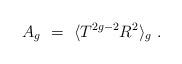
LaTeX: \begin{align*}A_{g}~=~\langle T^{2g-2}R^{2}\rangle_{g}{}~.\end{align*}